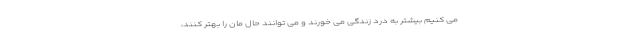
می کنیم بیشتر به درد زندگی می خورند و می توانند حال مان را بهتر کنند،